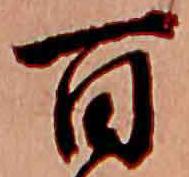
百